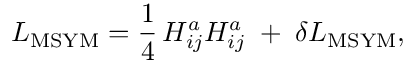
{ \cal L } _ { \mathrm { M S Y M } } = { \frac { 1 } { 4 } } \, H _ { i j } ^ { a } H _ { i j } ^ { a } \; + \; \delta { \cal L } _ { \mathrm { M S Y M } } ,